Second report of the anti-malarial operations at Mian Mir, 1901-1903 - Number 9
Year: 1901
Disease focus: Malaria
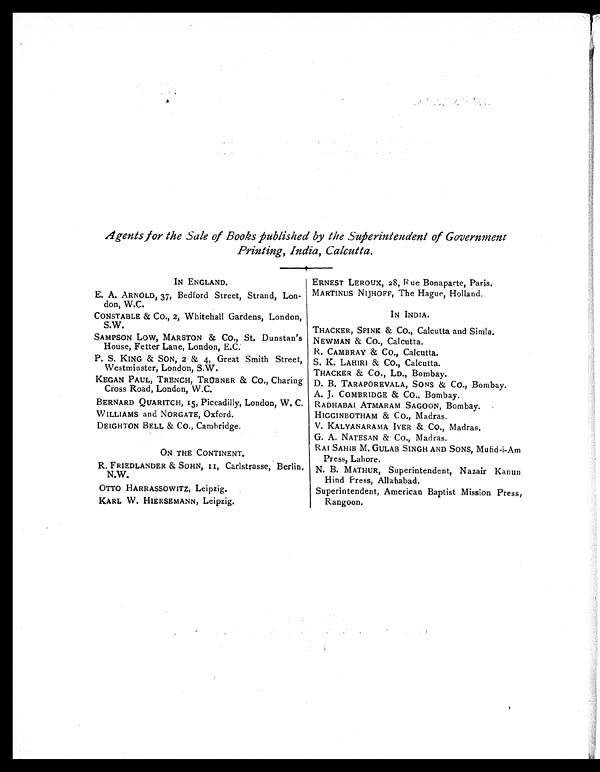
Agents for the Sale of Books published by the Superintendent of Government
Printing, India, Calcutta.
IN ENGLAND.
E. A. ARNOLD, 37, Bedford Street, Strand, Lon-
don, W.C.
CONSTABLE & CO., 2, Whitehall Gardens, London,
S.W.
SAMPSON Low, MARSTON & CO., St. Dunstan's
House, Fetter Lane, London, E.C.
P. S. KING & SON, 2 & 4, Great Smith Street,
Westminster, London, S.W.
KEGAN PAUL, TRENCH, TRÜBNER & CO., Charing
Cross Road, London, W.C.
BERNARD QUARITCH, 15, Piccadilly, London, W. C.
WILLIAMS and NORGATE, Oxford.
DEIGHTON BELL & CO., Cambridge.
ON THE CONTINENT.
R. FRIEDLANDER & SOHN, II, Carlstrasse, Berlin,
N.W.
OTTO HARRASSOWITZ, Leipzig.
KARL W. HIERSEMANN, Leipzig.
ERNEST LEROUX, 28, Rue Bonaparte, Paris.
MARTINUS NIJHOFF, The Hague, Holland.
IN INDIA.
THACKER, SPINK & CO., Calcutta and Simla.
NEWMAN & CO., Calcutta.
R. CAMBRAY & Co., Calcutta.
S. K. LAHIRI & Co., Calcutta.
THACKER & CO., LD., Bombay.
D. B. TARAPOREVALA, SONS & CO., Bombay.
A. J. COMBRIDGE & CO., Bombay.
RADHABAI ATMARAM SAGOON, Bombay.
HIGGINBOTHAM & CO., Madras.
V. KALYANARAMA IYER & CO., Madras.
G. A. NATESAN & CO., Madras.
RAI SAHIB M. GULAB SINGH AND SONS, Mufid-i-Am
Press, Lahore.
N. B. MATHUR, Superintendent, Nazair Kanun
Hind Press, Allahabad.
Superintendent, American Baptist Mission Press,
Rangoon.